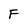
Character: F